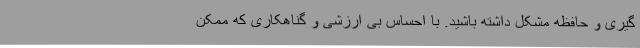
گیری و حافظه مشکل داشته باشید. با احساس بی ارزشی و گناهکاری که ممکن